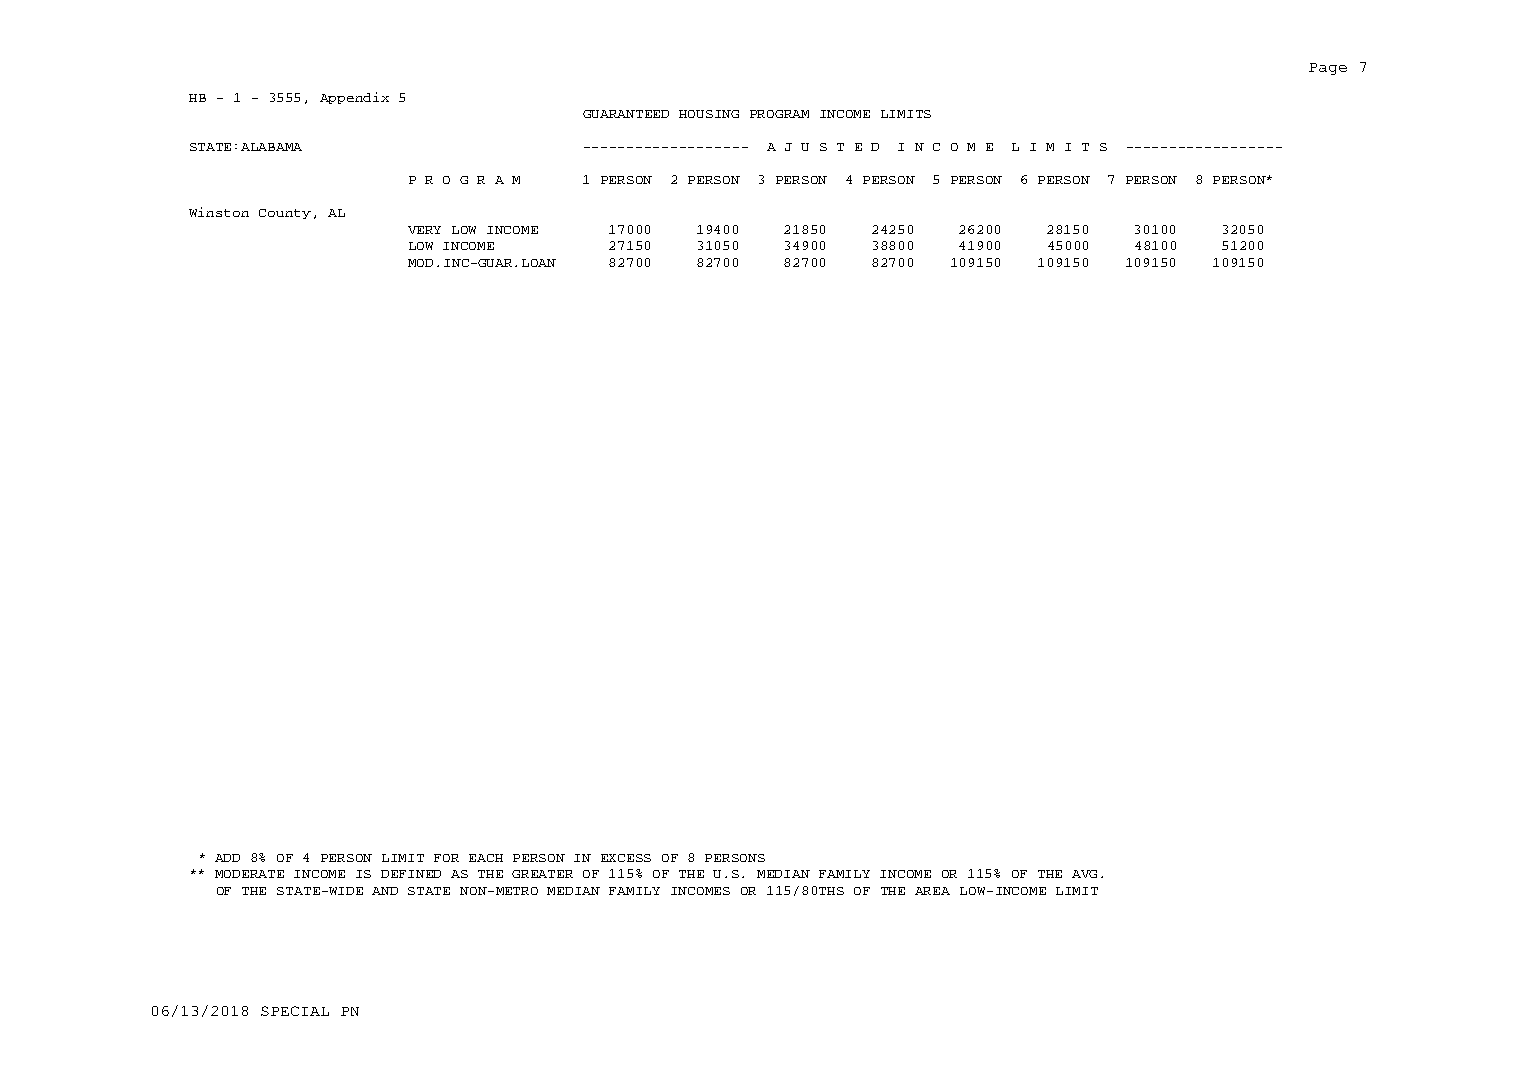
Page 7
 HB - 1 - 3555, Appendix 5
 GUARANTEED HOUSING PROGRAM INCOME LIMITS
 STATE:ALABAMA             ------------------- A J U S T E D I N C O M E L I M I T S ------------------
 P R O G R A M 1 PERSON 2 PERSON 3 PERSON 4 PERSON 5 PERSON 6 PERSON 7 PERSON 8 PERSON*
 Winston County, AL
 VERY LOW INCOME 17000 19400 21850 24250 26200 28150 30100 32050
 LOW INCOME    27150 31050 34900 38800 41900 45000 48100 51200
 MOD.INC-GUAR.LOAN 82700 82700 82700 82700 109150 109150 109150 109150
 * ADD 8% OF 4 PERSON LIMIT FOR EACH PERSON IN EXCESS OF 8 PERSONS
 ** MODERATE INCOME IS DEFINED AS THE GREATER OF 115% OF THE U.S. MEDIAN FAMILY INCOME OR 115% OF THE AVG.
 OF THE STATE-WIDE AND STATE NON-METRO MEDIAN FAMILY INCOMES OR 115/80THS OF THE AREA LOW-INCOME LIMIT
 06/13/2018 SPECIAL PN